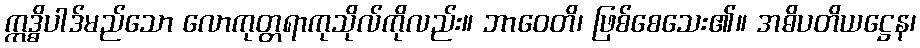
ဣဒ္ဓိပါဒ်မည်သော လောကုတ္တရာကုသိုလ်ကိုလည်း။ ဘာဝေတိ၊ ဖြစ်စေသေး၏။ အဓိပတိယဋ္ဌေန၊